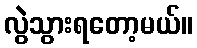
လွဲသွားရတော့မယ်။